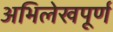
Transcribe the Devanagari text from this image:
अभिलेखपूर्ण